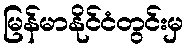
မြန်မာနိုင်ငံတွင်းမှ